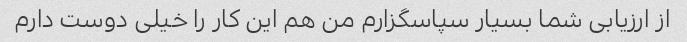
از ارزیابی شما بسیار سپاسگزارم من هم این کار را خیلی دوست دارم